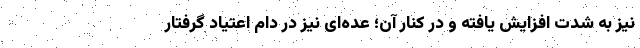
نیز به شدت افزایش یافته و در کنار آن؛ عده‌ای نیز در دام اعتیاد گرفتار